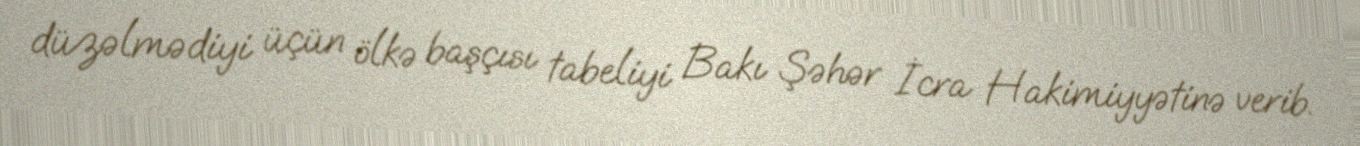
düzəlmədiyi üçün ölkə başçısı tabeliyi Bakı Şəhər İcra Hakimiyyətinə verib.